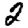
Digit: 2